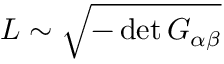
{ \cal L } \sim \sqrt { - \operatorname * { d e t } G _ { \alpha \beta } }